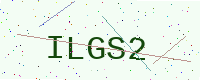
Text: ILGS2